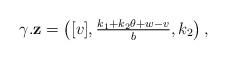
LaTeX: \begin{align*}\gamma.\mathbf{z}&=\left([v],\tfrac{k_{1}+k_{2}\theta + w - v }{ b },k_{2}\right),\end{align*}